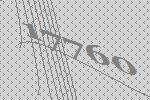
17760